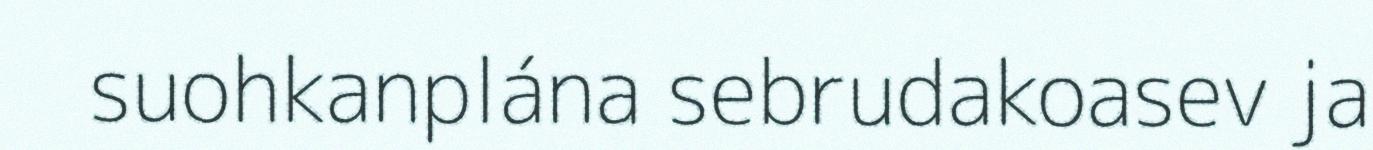
suohkanplána sebrudakoasev ja